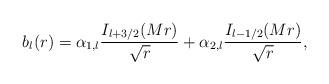
LaTeX: \begin{align*}b_{l}(r)=\alpha_{1,l}{I_{l+3/2}(Mr)\over \sqrt{r}}+\alpha_{2,l}{I_{l-1/2}(Mr)\over \sqrt{r}},\end{align*}